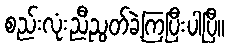
စည်းလုံးညီညွတ်ခဲ့ကြပြီးပါပြီ။